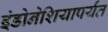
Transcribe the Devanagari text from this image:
इंडोनेशियापर्यंत